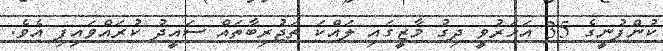
ކުންފުނީގެ 35 އަހަރުވީ ދިގު މާޒީގައި ލައްކަ ތަޖުރިބާތައް ސައީދު ކުރައްވައިފި އެވެ.